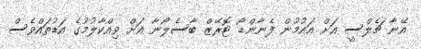
އޭނާ ޗެލްސީ އަށް އައުމުން ފެނާންޑޯ ޓޮރޭޒް ބާސެލޯނާ އަށް ވިއްކާލުމުގެ އަޑުތައްވެސް